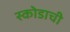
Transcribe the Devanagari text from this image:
स्कोडाची